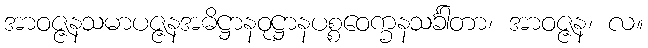
အာဝဇ္ဇနသမာပဇ္ဇနအဓိဋ္ဌာနဝုဋ္ဌာနပစ္စဝေက္ခနသင်္ခါတာ၊ အာဝဇ္ဇန၊ လ။